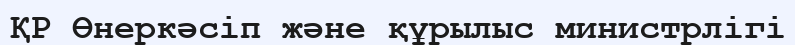
ҚР Өнеркәсіп және құрылыс министрлігі